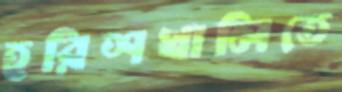
হরিশখালিতে